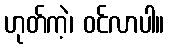
ဟုတ်ကဲ့၊ ဝင်လာပါ။